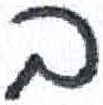
אות: ב